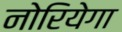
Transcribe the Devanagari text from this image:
नोरियेगा